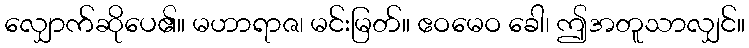
လျှောက်ဆိုပေ၏။ မဟာရာဇ၊ မင်းမြတ်။ ဧဝမေဝ ခေါ၊ ဤအတူသာလျှင်။